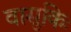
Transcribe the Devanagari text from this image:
वासुकिः